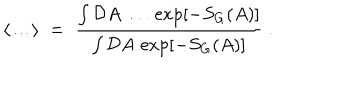
\langle \ldots \rangle \; = \; \frac { \int { \mathcal D } A \, \ldots \, \exp [ - S _ { G } ( A ) ] } { \int { \mathcal D } A \, \exp [ - S _ { G } ( A ) ] } \; .